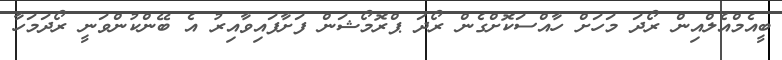
ބީއެމްއެލްއިން ރޯދަ މަހަށް ހާއްސަކޮށްގެން ރޯދަ ޕްރޮމޯޝަން ފަށާފައިވާއިރު އެ ބޭންކުންވަނީ ރޯދަމަހާ